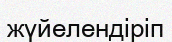
жүйелендіріп